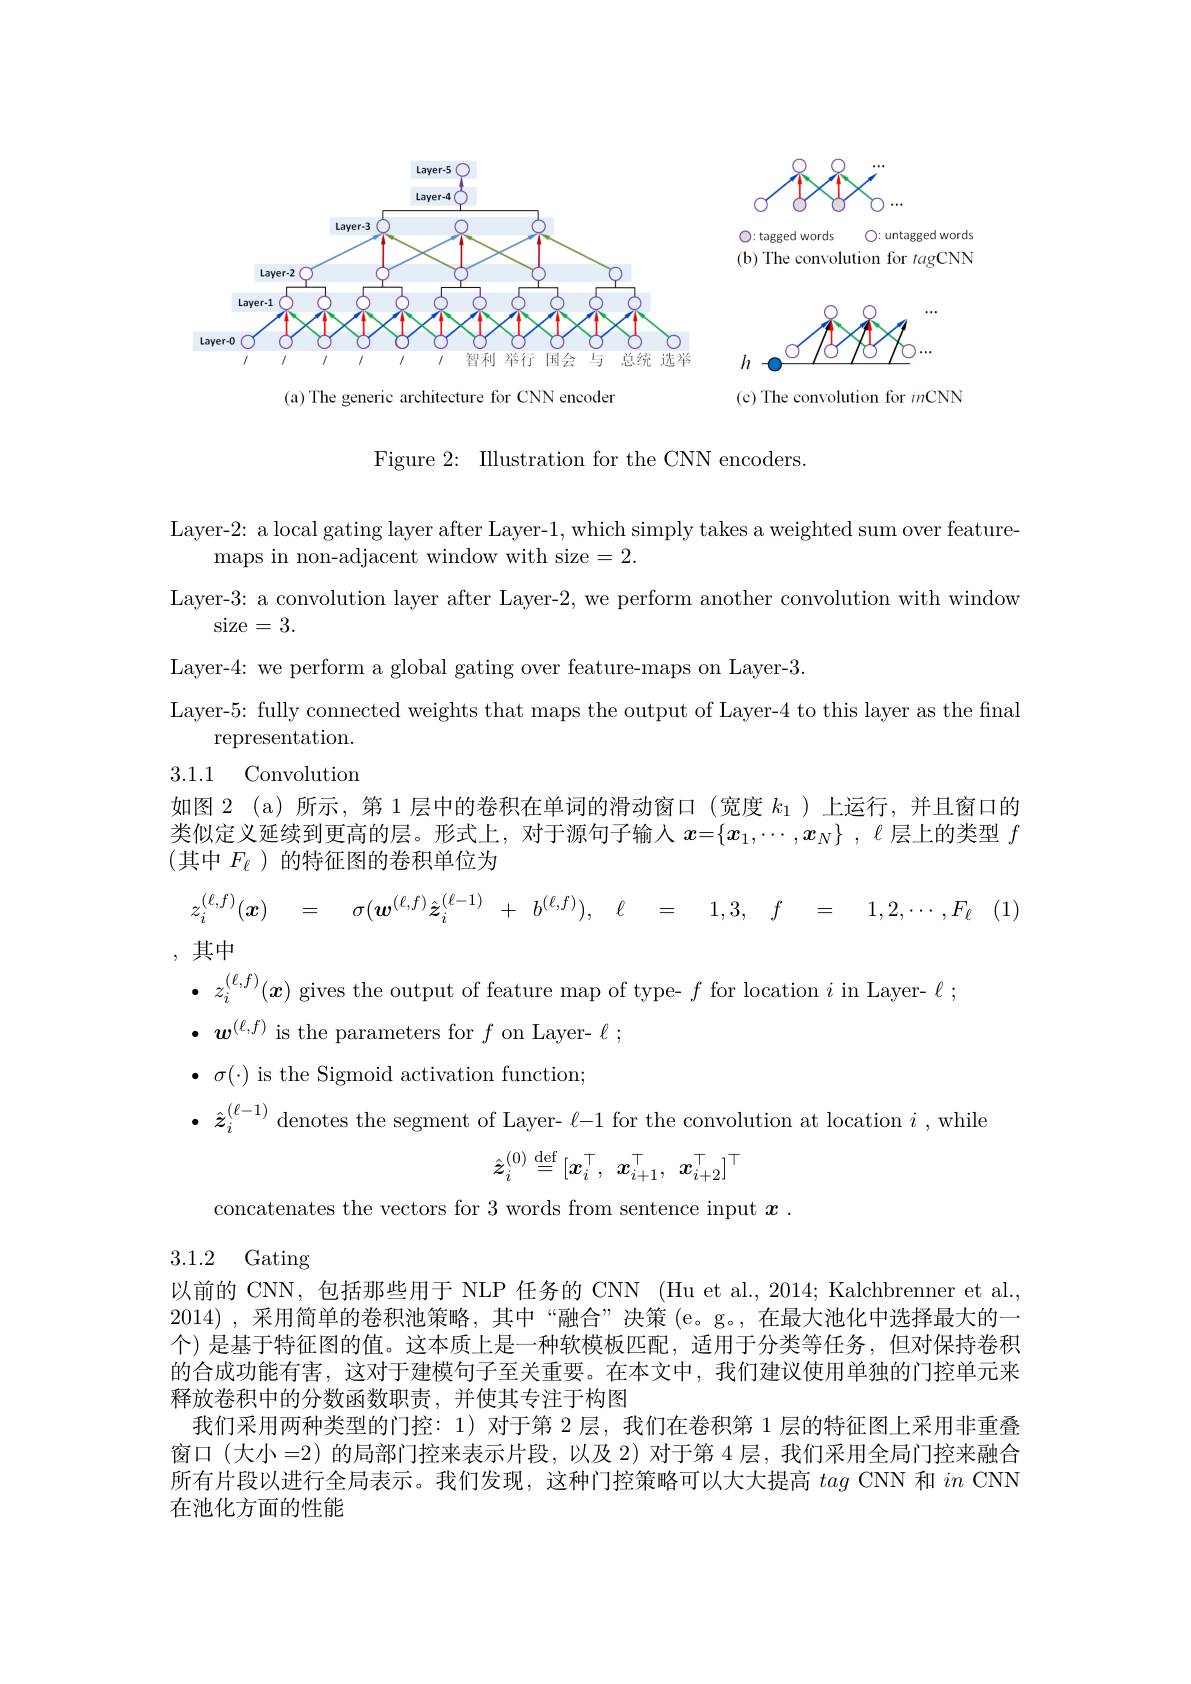
<FigureHere>

(a) The generic architecture for CNN encoder

<FigureHere>

O: untagged words
O: tagged words
(b) The convolution for tagCNN

<FigureHere>
(c) The convolution for inCNN

Figure 2: Illustration for the CNN encoders.

Layer-2: a local gating layer after Layer-1, which simply takes a weighted sum over feature-
maps in non-adjacent window with size=2.
Layer-3: a convolution layer after Layer-2, we perform another convolution with window
size=3.
Layer-4: we perform a global gating over feature-maps on Layer-3.
Layer-5: fully connected weights that maps the output of Layer-4 to this layer as the final
representation. 3.1.1 Convolution

如图 2 (a)所示，第 1 层中的卷积在单词的滑动窗口 (宽度$k_{1}$ )上运行，并且窗口的类似定义延续到更高的层。形式上，对于源句子输人$x=\{x_1,\cdots,x_N\}$ , $\ell$层上的类型$f$ (其中 $F_\ell$ )的特征图的卷积单位为
$$z_i^{(\ell,f)}(\boldsymbol{x})\quad=\quad\sigma(\boldsymbol{w}^{(\ell,f)}\hat{\boldsymbol{z}}_i^{(\ell-1)}\:+\:b^{(\ell,f)}),\quad\ell\quad=\quad1,3,\quad f\quad=\quad1,2,\cdots,F_\ell $$
,其中

$\bullet z_{i}^{(\ell,f)}(\boldsymbol{x})$ gives the output of feature map of type- $f$ for location $i$ in Layer- $\ell;$
$\bullet w^{(\ell,f)}$ is the parameters for $f$ on Layer- $\ell;$
$\bullet~\sigma(\cdot)~$is the Sigmoid activation function;

$\bullet$ $\hat{z} _{i}^{( \ell - 1) }$ denotes the segment of Layer- $\ell-1$ for the convolution at location $i$,while
$$\hat{z}_i^{(0)}\stackrel{\mathrm{def}}{=}[x_i^\top,\:x_{i+1}^\top,\:x_{i+2}^\top]^\top $$
concatenates the vectors for 3 words from sentence input $x.$

3.1.2 Gating

以前的 CNN, 包括那些用于 NLP 任务的 CNN (Hu et al., 2014; Kalchbrenner et al., 2014),采用简单的卷积池策略，其中“融合”决策(e。g。,在最大池化中选择最大的一个) 是基于特征图的值。这本质上是一种软模板匹配，适用于分类等任务，但对保持卷积的合成功能有害，这对于建模句子至关重要。在本文中，我们建议使用单独的门控单元来释放卷积中的分数函数职责，并使其专注于构图
我们采用两种类型的门控：1) 对于第 2 层，我们在卷积第 1 层的特征图上采用非重叠窗口 (大小 =2) 的局部门控来表示片段，以及 2) 对于第 4 层，我们采用全局门控来融合所有片段以进行全局表示。我们发现，这种门控策略可以大大提高tag CNN 和$in$ CNN 在池化方面的性能